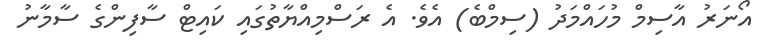
އޯނަރު އާސިމް މުހައްމަދު (ސިމްބެ) އެވެ. އެ ރަސްމިއްޔާތުގައި ކައިޓް ސާފިންގެ ސާމާނު